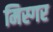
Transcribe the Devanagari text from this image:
मिस्गर